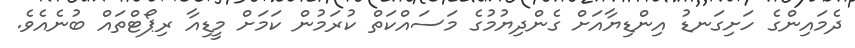
ދެމައިންގެ ހަށިގަނޑު އިންޑިޔާއަށް ގެންދިޔުމުގެ މަސައްކަތް ކުރަމުން ކަމަށް މީޑިއާ ރިޕޯޓްތައް ބުނެއެވެ.